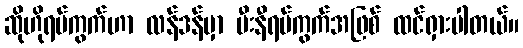
ဆိုဟိုရပ်ကွက်ဟာ လန်ဒန်မှာ မီးနီရပ်ကွက်အဖြစ် ထင်ရှားပါတယ်။